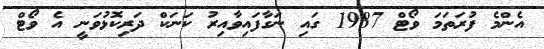
އެންމެ ފުރަތަމަ ވޯޓް 1987 ގައި ނަގާފައިވާއިރު ކަނަކް ދަރިކޮޅުވަނީ އެ ވޯޓް